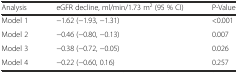
<table><thead><tr><td><b>Analysis</b></td><td><b>eGFR decline, ml/min/1.73 m<sup>2</sup> (95 % CI)</b></td><td><b>P-Value</b></td></tr></thead><tbody><tr><td>Model 1</td><td>−1.62 (−1.93, −1.31)</td><td>&lt;0.001</td></tr><tr><td>Model 2</td><td>−0.46 (−0.80, −0.13)</td><td>0.007</td></tr><tr><td>Model 3</td><td>−0.38 (−0.72, −0.05)</td><td>0.026</td></tr><tr><td>Model 4</td><td>−0.22 (−0.60, 0.16)</td><td>0.257</td></tr></tbody></table>